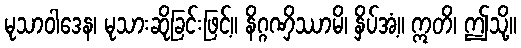
မုသာဝါဒေန၊ မုသားဆိုခြင်းဖြင့်။ နိဂ္ဂဏှိဿာမိ၊ နှိပ်အံ့။ ဣတိ၊ ဤသို့။